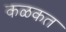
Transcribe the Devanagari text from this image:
कळकत